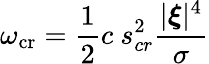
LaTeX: \omega_{\textup{cr}}=\frac{1}{2}c\ s_{cr}^{2}\frac{|\boldsymbol{\xi}|^{4}}{\sigma}